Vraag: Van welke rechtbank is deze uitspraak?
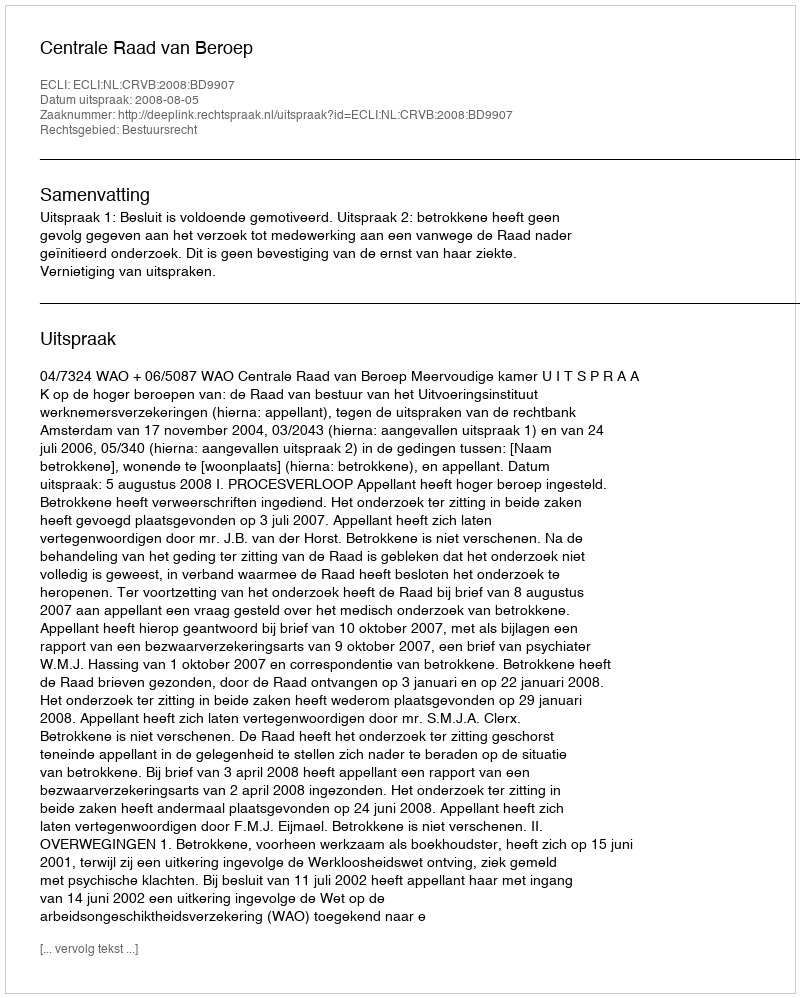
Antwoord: Centrale Raad van Beroep